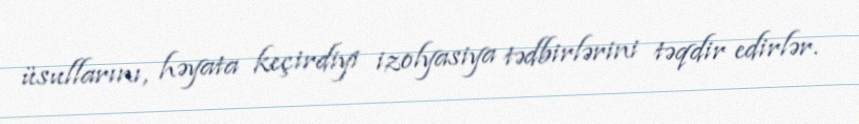
üsullarını, həyata keçirdiyi izolyasiya tədbirlərini təqdir edirlər.